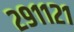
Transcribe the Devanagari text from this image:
२९११२१